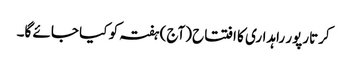
کرتارپور راہداری کا افتتاح (آج) ہفتہ کو کیا جائے گا۔